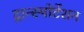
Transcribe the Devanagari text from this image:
ट्रान्स्पोर्टेशन